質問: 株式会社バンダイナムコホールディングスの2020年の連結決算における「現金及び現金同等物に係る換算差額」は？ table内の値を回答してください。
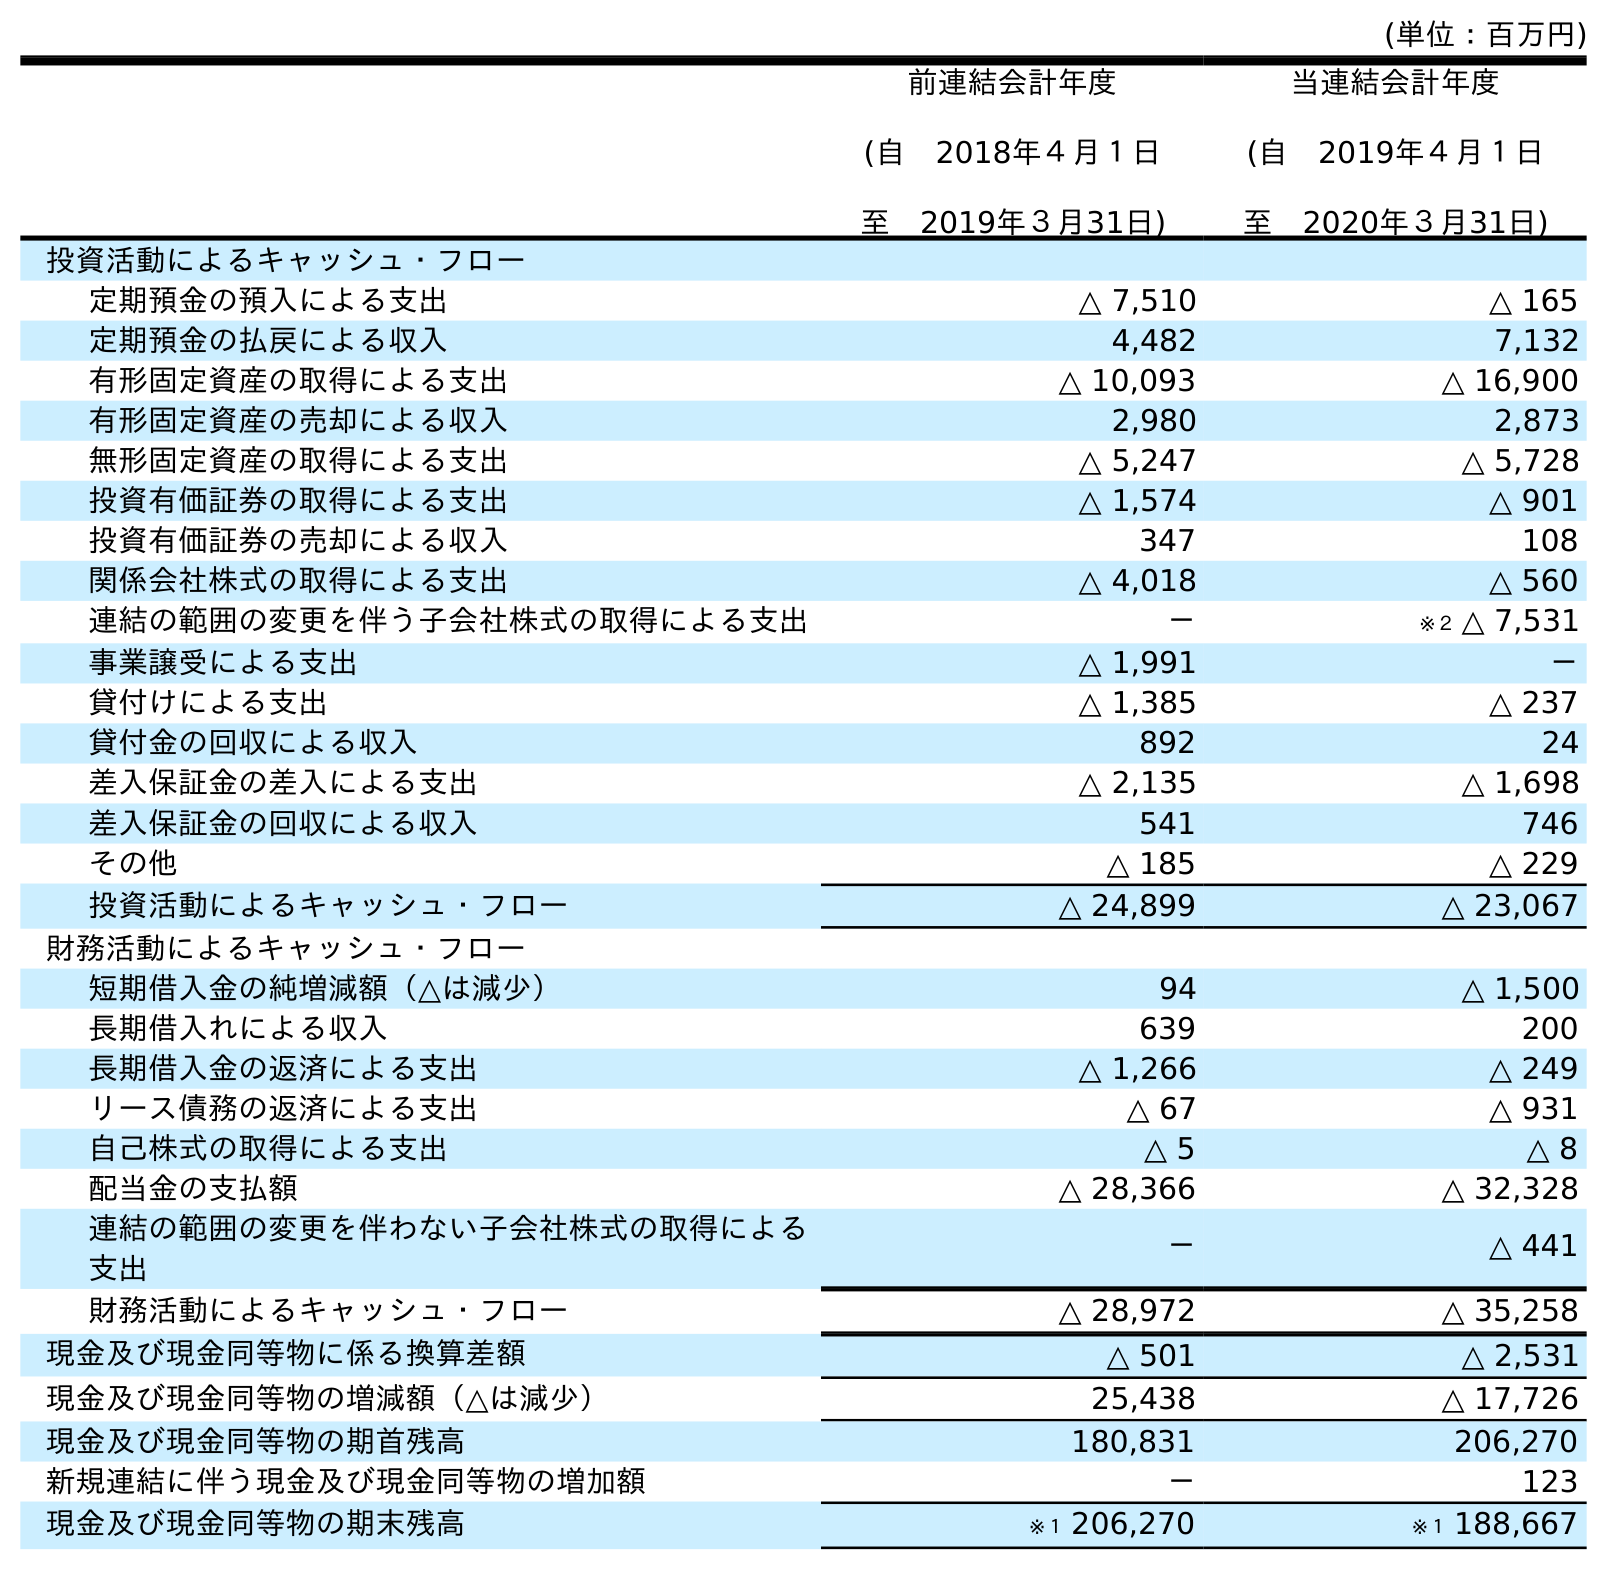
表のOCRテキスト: (単位：百万円) 前連結会計年度 (自 2018年４月１日 至 2019年３月31日) 当連結会計年度 (自 2019年４月１日 至 2020年３月31日) 投資活動によるキャッシュ・フロー 定期預金の預入による支出 △ 7,510 △ 165 定期預金の払戻による収入 4,482 7,132 有形固定資産の取得による支出 △ 10,093 △ 16,900 有形固定資産の売却による収入 2,980 2,873 無形固定資産の取得による支出 △ 5,247 △ 5,728 投資有価証券の取得による支出 △ 1,574 △ 901 投資有価証券の売却による収入 347 108 関係会社株式の取得による支出 △ 4,018 △ 560 連結の範囲の変更を伴う子会社株式の取得による支出 － ※２ △ 7,531 事業譲受による支出 △ 1,991 － 貸付けによる支出 △ 1,385 △ 237 貸付金の回収による収入 892 24 差入保証金の差入による支出 △ 2,135 △ 1,698 差入保証金の回収による収入 541 746 その他 △ 185 △ 229 投資活動によるキャッシュ・フロー △ 24,899 △ 23,067 財務活動によるキャッシュ・フロー 短期借入金の純増減額（△は減少） 94 △ 1,500 長期借入れによる収入 639 200 長期借入金の返済による支出 △ 1,266 △ 249 リース債務の返済による支出 △ 67 △ 931 自己株式の取得による支出 △ 5 △ 8 配当金の支払額 △ 28,366 △ 32,328 連結の範囲の変更を伴わない子会社株式の取得による 支出 － △ 441 財務活動によるキャッシュ・フロー △ 28,972 △ 35,258 現金及び現金同等物に係る換算差額 △ 501 △ 2,531 現金及び現金同等物の増減額（△は減少） 25,438 △ 17,726 現金及び現金同等物の期首残高 180,831 206,270 新規連結に伴う現金及び現金同等物の増加額 － 123 現金及び現金同等物の期末残高 ※１ 206,270 ※１ 188,667
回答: △2,531